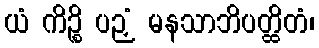
ယံ ကိဉ္စိ ပဉှံ မနသာဘိပတ္ထိတံ၊